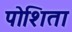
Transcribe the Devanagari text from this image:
पोशिता